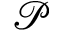
\mathcal { P }